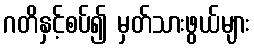
ဂတိနှင့်စပ်၍ မှတ်သားဖွယ်များ